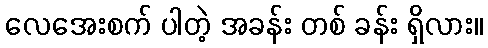
လေအေးစက် ပါတဲ့ အခန်း တစ် ခန်း ရှိလား။